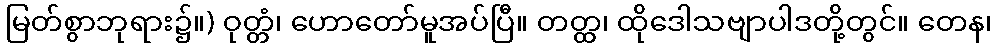
မြတ်စွာဘုရား၌။) ဝုတ္တံ၊ ဟောတော်မူအပ်ပြီ။ တတ္ထ၊ ထိုဒေါသဗျာပါဒတို့တွင်။ တေန၊